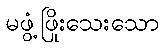
မဖွံ့ဖြိုးသေးသော